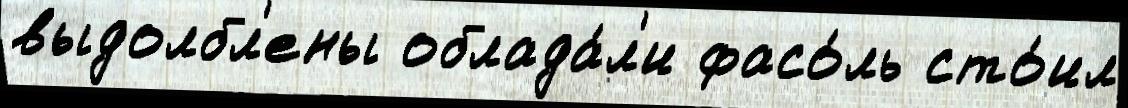
выдолбл'ены облада́л'и фасо́ль сто́ил